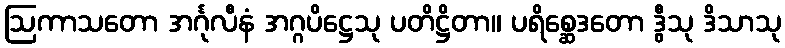
ဩကာသတော အင်္ဂုလီနံ အဂ္ဂပိဋ္ဌေသု ပတိဋ္ဌိတာ။ ပရိစ္ဆေဒတော ဒွီသု ဒိသာသု